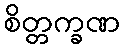
စိတ္တက္ခဏ